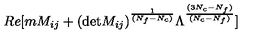
R e [ m M _ { i j } + ( \mathrm { d e t } M _ { i j } ) ^ { \frac { 1 } { ( N _ { f } - N _ { c } ) } } \Lambda ^ { \frac { ( 3 N _ { c } - N _ { f } ) } { ( N _ { c } - N _ { f } ) } } ]